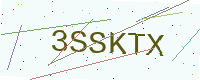
Text: 3SSKTX